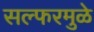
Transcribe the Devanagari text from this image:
सल्फरमुळे